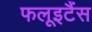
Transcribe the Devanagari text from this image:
फलूइटैंस